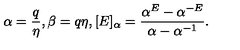
\alpha = \frac q \eta , \beta = q \eta , [ E ] _ { \alpha } = \frac { \alpha ^ { E } - \alpha ^ { - E } } { \alpha - \alpha ^ { - 1 } } .